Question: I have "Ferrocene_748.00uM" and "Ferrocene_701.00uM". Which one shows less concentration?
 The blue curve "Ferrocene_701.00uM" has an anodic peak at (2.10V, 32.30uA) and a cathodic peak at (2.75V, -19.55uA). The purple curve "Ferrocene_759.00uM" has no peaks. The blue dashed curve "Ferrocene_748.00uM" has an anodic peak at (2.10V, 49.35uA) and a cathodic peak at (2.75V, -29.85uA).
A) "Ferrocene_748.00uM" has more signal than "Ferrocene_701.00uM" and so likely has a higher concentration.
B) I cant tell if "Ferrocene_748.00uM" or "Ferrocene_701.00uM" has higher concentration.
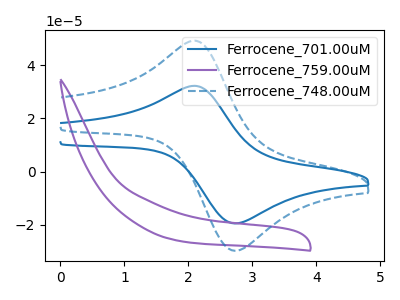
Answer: <think>All the peaks in "Ferrocene_748.00uM" have a peak in "Ferrocene_701.00uM" at the same potential. Every peak in "Ferrocene_748.00uM" is higher than every peak in "Ferrocene_701.00uM".
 </think>
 <answer>A) "Ferrocene_748.00uM" has more signal than "Ferrocene_701.00uM" and so likely has a higher concentration.</answer>
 <eval>A</eval>